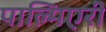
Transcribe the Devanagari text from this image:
पाल्मिएरी